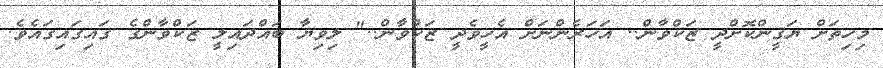
މިހިތަށް ޔަޤީންކޮށްދީ ޒަކްވާން.. އަހަރެންނަށް އެހީވެދީ ޒަކްވާން.." ލިވިޔާ ބައްދައިލީ ޒަކްވާންގެ ގައިގައިގައެވެ.